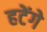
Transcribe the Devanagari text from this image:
हटेंगे